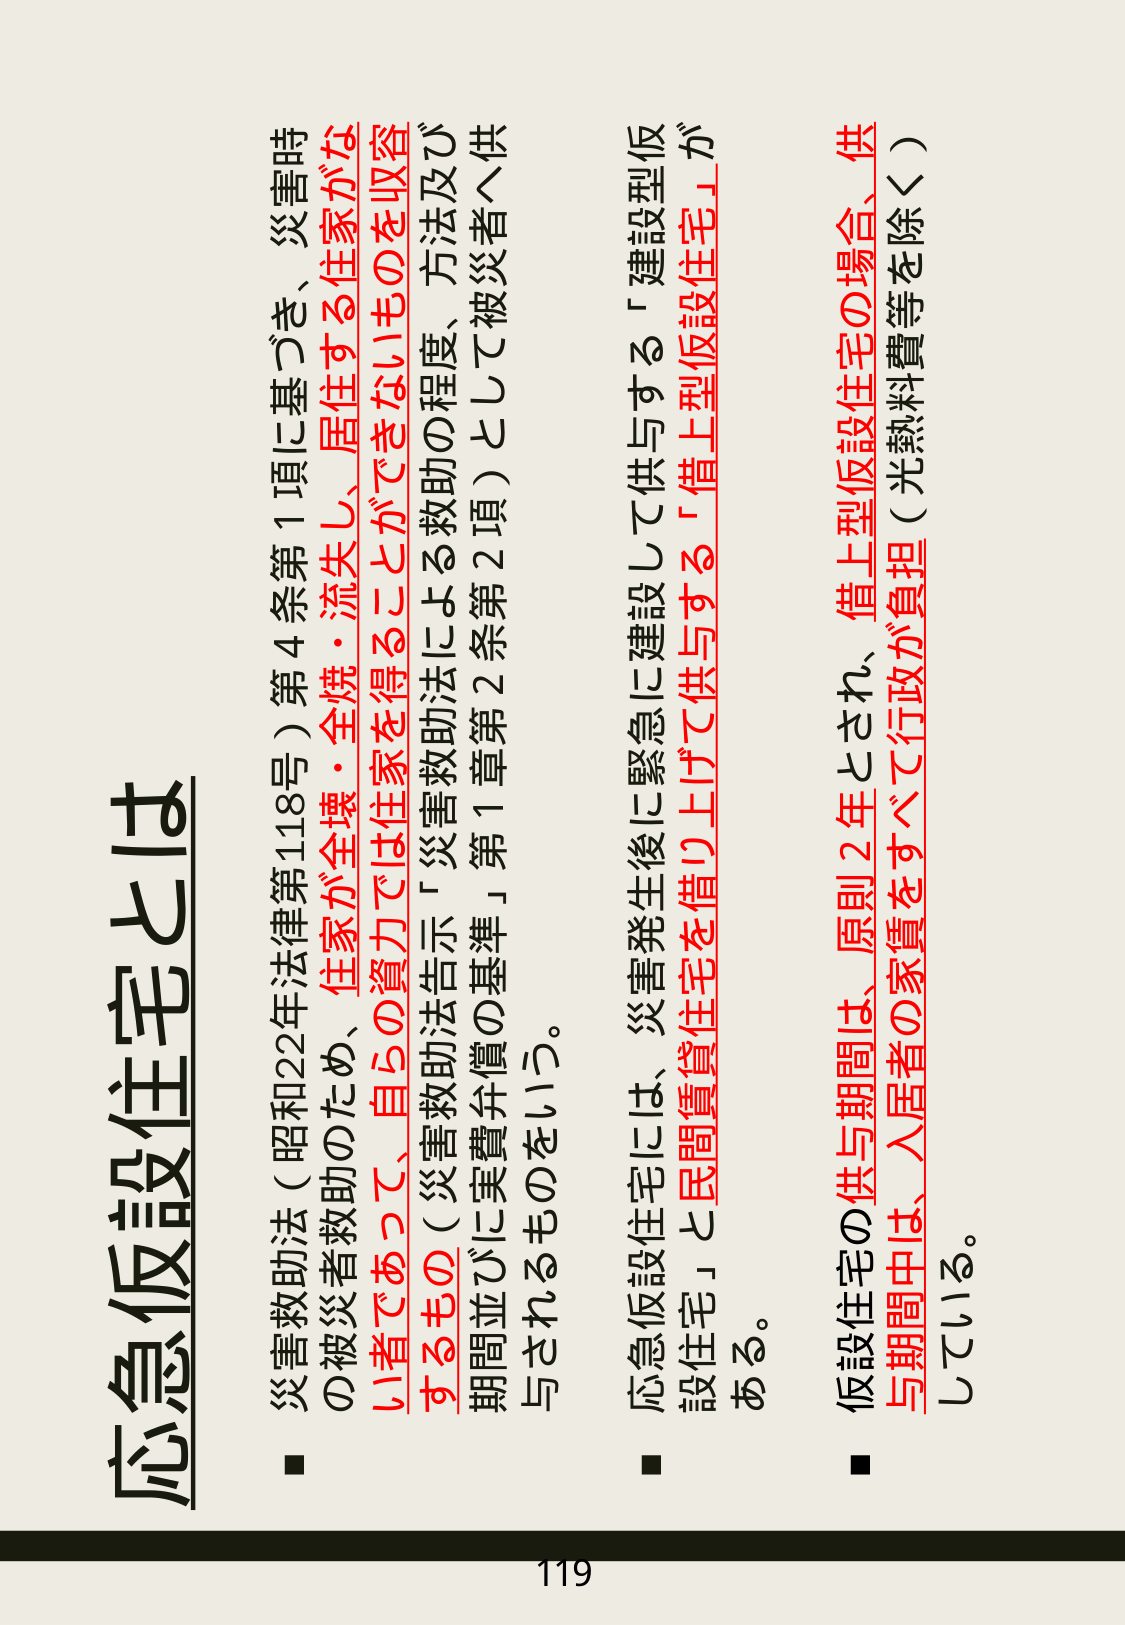
応急仮設住宅とは

■ 災害救助法（昭和22年法律第118号）第4条第1項に基づき、災害時の被災者救助のため、住家が全壊・全焼・流失し、居住する住家がない者であって、自らの資力では住家を得ることができないものを収容するもの（災害救助法告示「災害救助法による救助の程度、方法及び期間並びに実費弁償の基準」第1章第2条第2項）として被災者へ供与されるものをいう。

■ 応急仮設住宅には、災害発生後に緊急に建設して供与する「建設型仮設住宅」と民間賃貸住宅を借り上げて供与する「借上型仮設住宅」がある。

■ 仮設住宅の供与期間は、原則2年とされ、借上型仮設住宅の場合、供与期間中は、入居者の家賃をすべて行政が負担（光熱料費等を除く）している。

119